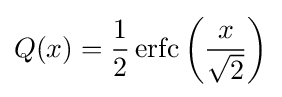
Q(x)={\frac {1}{2}}\operatorname {erfc} \left({\frac {x}{\sqrt {2}}}\right)